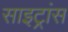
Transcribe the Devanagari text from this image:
साइट्रांस